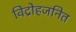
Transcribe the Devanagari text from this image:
विद्रोहजनित